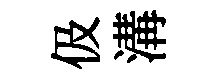
伋溝